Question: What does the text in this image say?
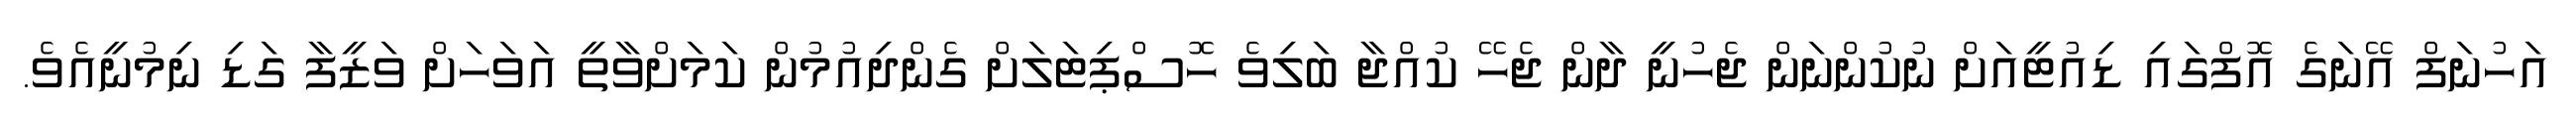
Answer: އަހުނަފް އޭނަގެ އޮފްގައި ޑިއުޓީއަށް ނުކުންނަން ޖެހުނީ ދާން ޖެހޭ ކުއްޖާ ބަލިވެ ހޮސްޕިޓަލަށް ގެންދިއުމުން ކަމަށްވާތީ އަވަހަށް ވަޒީފާ ގަޑި ނިމުނީއެވެ.